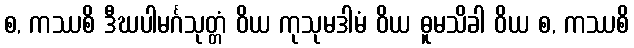
စ, ကဿစိ ဒီဃပါမင်္ဂသုတ္တံ ဝိယ ကုသုမဒါမံ ဝိယ ဓူမသိခါ ဝိယ စ, ကဿစိ